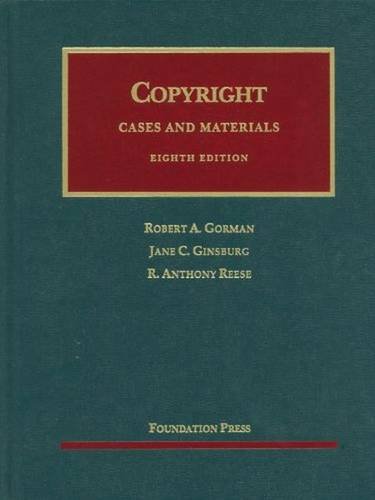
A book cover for Copyright (University Casebook Series); Robert Gorman; Law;